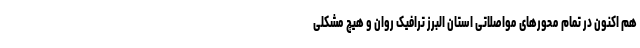
هم اکنون در تمام محورهای مواصلاتی استان البرز ترافیک روان و هیچ مشکلی